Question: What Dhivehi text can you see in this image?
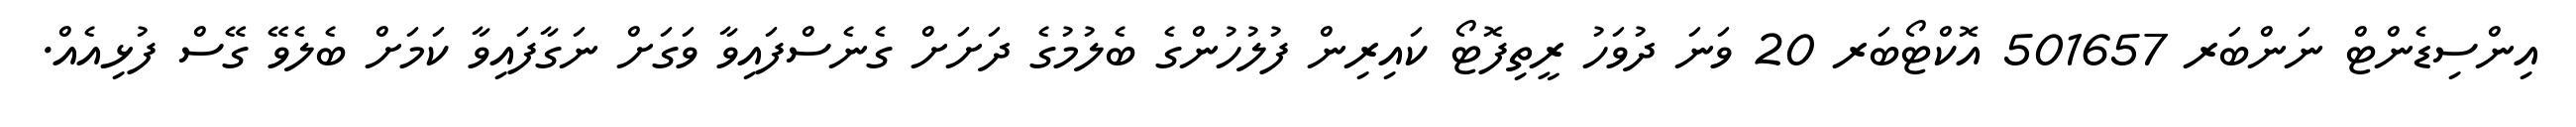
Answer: އިންސިޑެންޓް ނަންބަރ 501657 އޮކްޓޯބަރ 20 ވަނަ ދުވަހު ރީތިފޮޓޯ ކައިރިން ފުލުހުންގެ ބެލުމުގެ ދަށަށް ގެނެސްފައިވާ ވަގަށް ނަގާފައިވާ ކަމަށް ބެލެވޭ ގޭސް ފުޅިއެއް.